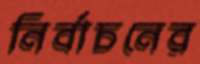
নির্বাচনের